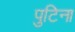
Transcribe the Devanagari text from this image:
पुटिना